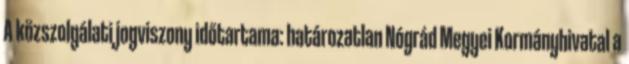
A közszolgálati jogviszony időtartama: határozatlan Nógrád Megyei Kormányhivatal a